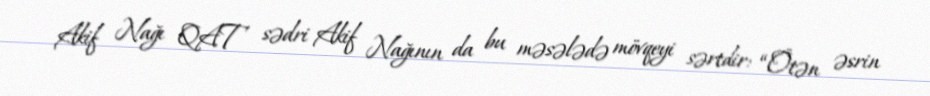
Akif Nağı QAT sədri Akif Nağının da bu məsələdə mövqeyi sərtdir: “Ötən əsrin